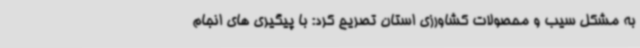
به مشکل سیب و محصولات کشاورزی استان تصریح کرد: با پیگیری های انجام